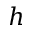
h